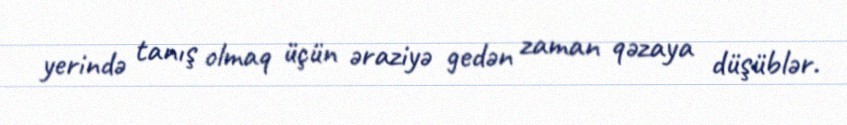
yerində tanış olmaq üçün əraziyə gedən zaman qəzaya düşüblər.